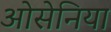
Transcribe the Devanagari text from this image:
ओसेनिया